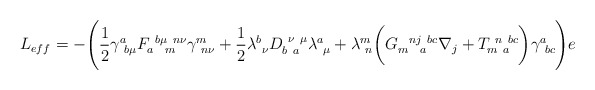
\begin{align*}L_{eff} = - \Biggl( \frac{1}{2} \gamma^a_{~b \mu}F _{a~~m}^{~b \mu~ n \nu} \gamma^m_{~n \nu} +\frac{1}{2} \lambda^b_{~\nu} D_{b~a}^{~\nu~\mu} \lambda^a_{~\mu }+ \lambda^m_{~n} \biggl( G^{~~n j ~b c}_{m ~~a} \nabla_ j +T^{~n~b c}_{m~ a} \biggr)\gamma^a_{~bc} \Biggr) e\end{align*}